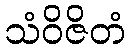
သံဝိဇိတံ